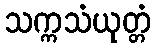
သက္ကသံယုတ္တံ